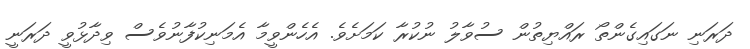
ދަރަނި ނަގައިގެންތޯ ރައްޔިތުން ސުވާލު ނުކުރާ ކަމަށެވެ. އެހެންވީމާ އެމަނިކުފާނުވެސް ވިދާޅުވީ ދަރަނީ